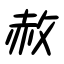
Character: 赦